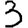
Digit: 3